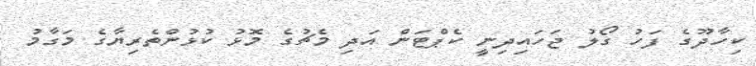
ކިހާދޫގެ ފަހު ގޯލު ޖަހައިދިނީ ކެޕްޓަން އަދި މެޗުގެ މޮޅު ކުޅުންތެރިޔާގެ މަގާމު